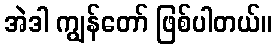
အဲဒါ ကျွန်တော် ဖြစ်ပါတယ်။